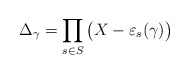
\begin{align*}\Delta_\gamma = \prod_{s\in S} \big( X - \varepsilon_s(\gamma) \big)\end{align*}